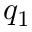
q _ { 1 }